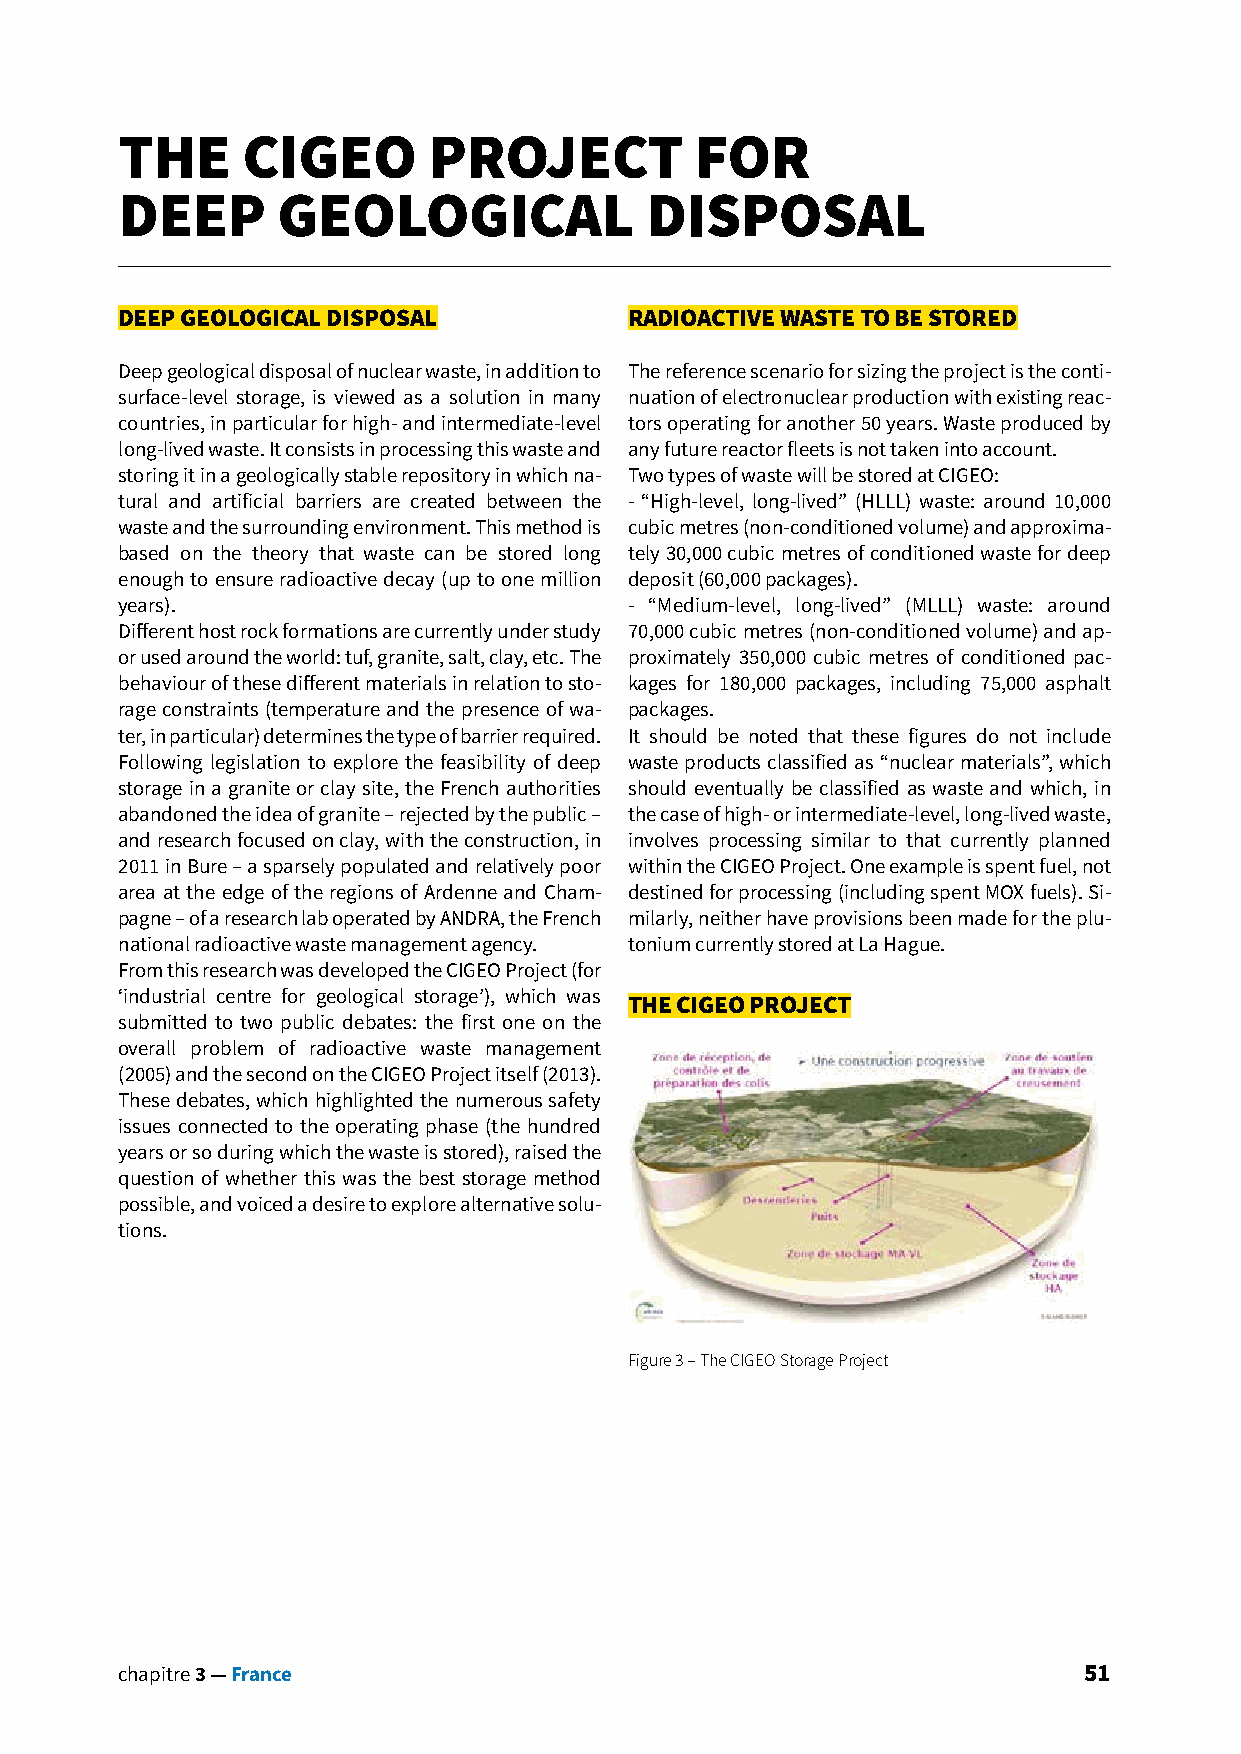
THE     CIGEO       PROJECT           FOR
 DEEP      GEOLOGICAL               DISPOSAL
 DEEP GEOLOGICAL DISPOSAL          RADIOACTIVE WASTE TO BE STORED
 Deep geological disposal of nuclear waste, in addition to The reference scenario for sizing the project is the conti-
 surface-level storage, is viewed as a solution in many nuation of electronuclear production with existing reac-
 countries, in particular for high- and intermediate-level tors operating for another 50 years. Waste produced by
 long-lived waste. It consists in processing this waste and any future reactor fleets is not taken into account.
 storing it in a geologically stable repository in which na- Two types of waste will be stored at CIGEO:
 tural and artificial barriers are created between the - “High-level, long-lived” (HLLL) waste: around 10,000
 waste and the surrounding environment. This method is cubic metres (non-conditioned volume) and approxima-
 based on the theory that waste can be stored long tely 30,000 cubic metres of conditioned waste for deep
 enough to ensure radioactive decay (up to one million deposit (60,000 packages).
 years).                           - “Medium-level, long-lived” (MLLL) waste: around
 Different host rock formations are currently under study 70,000 cubic metres (non-conditioned volume) and ap-
 or used around the world: tuf, granite, salt, clay, etc. The proximately 350,000 cubic metres of conditioned pac-
 behaviour of these different materials in relation to sto- kages for 180,000 packages, including 75,000 asphalt
 rage constraints (temperature and the presence of wa- packages.
 ter, in particular) determines the type of barrier required. It should be noted that these figures do not include
 Following legislation to explore the feasibility of deep waste products classified as “nuclear materials”, which
 storage in a granite or clay site, the French authorities should eventually be classified as waste and which, in
 abandoned the idea of granite – rejected by the public – the case of high- or intermediate-level, long-lived waste,
 and research focused on clay, with the construction, in involves processing similar to that currently planned
 2011 in Bure – a sparsely populated and relatively poor within the CIGEO Project. One example is spent fuel, not
 area at the edge of the regions of Ardenne and Cham- destined for processing (including spent MOX fuels). Si-
 pagne – of a research lab operated by ANDRA, the French milarly, neither have provisions been made for the plu-
 national radioactive waste management agency. tonium currently stored at La Hague.
 From this research was developed the CIGEO Project (for
 ‘industrial centre for geological storage’), which was
 THE CIGEO PROJECT
 submitted to two public debates: the first one on the
 overall problem of radioactive waste management
 (2005) and the second on the CIGEO Project itself (2013).
 These debates, which highlighted the numerous safety
 issues connected to the operating phase (the hundred
 years or so during which the waste is stored), raised the
 question of whether this was the best storage method
 possible, and voiced a desire to explore alternative solu-
 tions.
 Figure 3 – The CIGEO Storage Project
 chapitre 3 — France                                             51